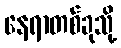
နေရာတစ်ခုသို့